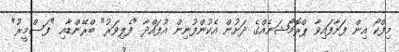
މިފްކޯ އިން ފަށާފައިވާ ޕްރޮމޯޝަނެއްގެ ދަށުން އެކުންފުނިން އުފައްދާ "ފެލިވަރު" ބްރޭންޑާއި "ފަސްމީރު"